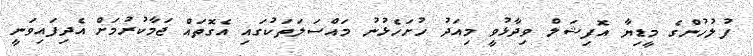
ފުލުހުންގެ މީޑިޔާ އޮފިޝަލް ވިދާޅުވީ މިއަދު ހުށަހެޅުނު މައްސަލަތަކުގައި އެގޮތައް ޖަމާކުރުމަށް އެދިފައިވަނީ